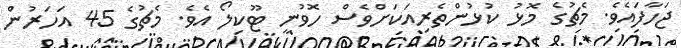
ޖަހާފައެވެ. މެޗުގެ މޮޅު ކުޅުންތެރިއަކަށްވެސް ހޮވުނީ ޓޫކިލޯ އެވެ. މެޗުގެ 45 އަހަރުން